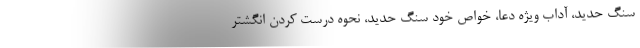
سنگ حدید، آداب ویژه دعا، خواص خود سنگ حدید، نحوه درست کردن انگشتر